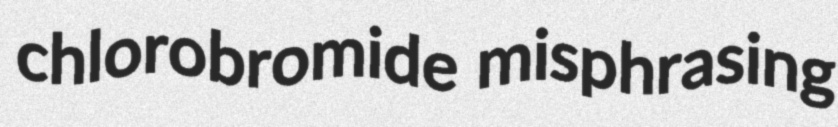
chlorobromide misphrasing